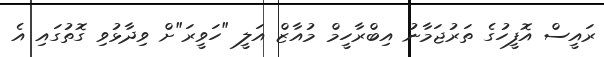
ރައީސް އޮފީހުގެ ތަރުޖަމާނު އިބްރާހީމް މުއާޒް އަލީ "ހަވީރަ"ށް ވިދާޅުވި ގޮތުގައި އެ